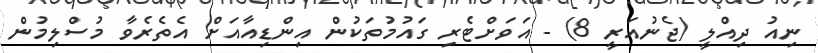
ނިއު ދިއްލީ (ޖެނުއަރީ 8) - އަވަށްޓެރި ގައުމުތަކުން އިންޑިއާއަށް އެތެރެވާ މުސްލިމުން